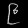
Digit: ၉